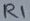
Text: R1